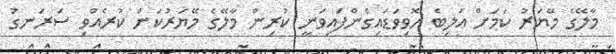
މާލޭގެ މޭޔަރު ކަމަށް އަލިބެ ހޮވިވަޑައިގެންފައިވަނީ ކުރިން މާލޭގެ މޭޔަރުކަން ކުރެއްވި ސަރަނގު